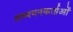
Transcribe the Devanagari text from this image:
अध्‍ययनकर्ताओं